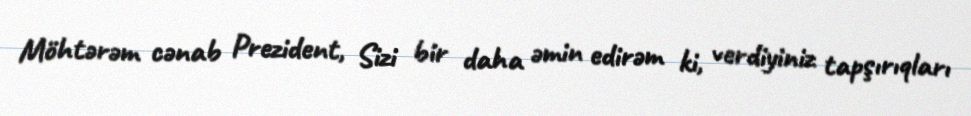
Möhtərəm cənab Prezident, Sizi bir daha əmin edirəm ki, verdiyiniz tapşırıqları